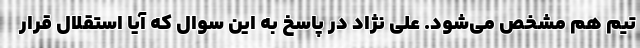
تیم هم مشخص می‌شود. علی نژاد در پاسخ به این سوال که آیا استقلال قرار